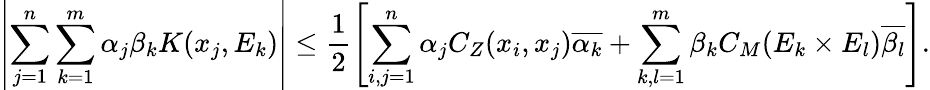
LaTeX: \left|\sum_{j=1}^{n}\sum_{k=1}^{m}\alpha_{j}\beta_{k}K(x_{j},E_{k})\right|\leq\frac{1}{2}\left[\sum_{i,j=1}^{n}\alpha_{j}C_{Z}(x_{i},x_{j})\overline{{\alpha_{k}}}+\sum_{k,l=1}^{m}\beta_{k}C_{M}(E_{k}\times E_{l})\overline{{\beta_{l}}}\right].